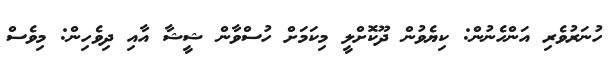
ހުނަރުވެރި އަންހެނުން: ކިޔެވުން ދޫކޮށްލީ މިކަމަށް ހުސްވާން ޝީޝާ އާއި ދިވެހިން: މިވެސް